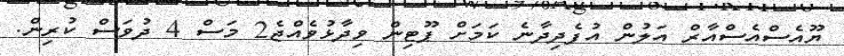
ޔޫއެސްއެސްއާރް އަލުން އުފެދިދާނެ ކަމަށް ޕޫޓިން ވިދާޅުވެއްޖެ2 މަސް 4 ދުވަސް ކުރިން.